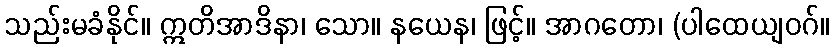
သည်းမခံနိုင်။ ဣတိအာဒိနာ၊ သော။ နယေန၊ ဖြင့်။ အာဂတော၊ (ပါထေယျဝဂ်။